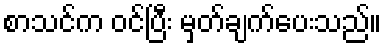
စာသင်က ဝင်ပြီး မှတ်ချက်ပေးသည်။